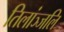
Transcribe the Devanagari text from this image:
तिलांञ्जलि